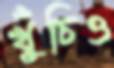
খুঁচিও